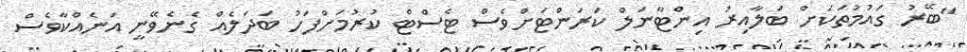
"ބޭރު ގައުމުތަކަށް ބަލާއިރު އިންޓާނަލް ކަރަންޓަށްވެސް ޓެސްޓް ކުރުމަށްފަހު ބަދަލެއް ގެނެވޭނީ އަނެއްކާވެސް